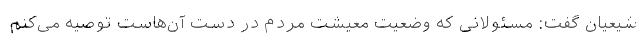
شیعیان گفت: مسئولانی که وضعیت معیشت مردم در دست آن‌هاست توصیه می‌کنم